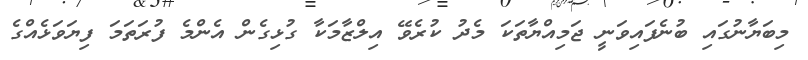
މިބަޔާނުގައި ބުނެފައިވަނީ ޖަމިއްޔާތަކަ މެދު ކުރެވޭ އިލްޒާމަކާ ގުޅިގެން އެންމެ ފުރަތަމަ ފިޔަވަޅެއްގެ